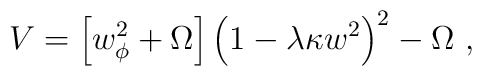
V=\left[w_\phi^2 +\Omega\right]\left(1-\lambda\kappa w^2\right)^2- \Omega~,